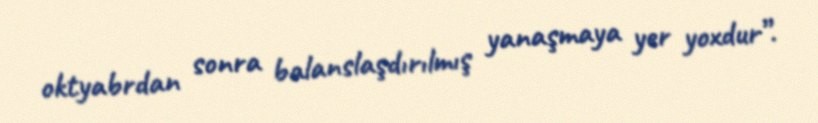
oktyabrdan sonra balanslaşdırılmış yanaşmaya yer yoxdur”.